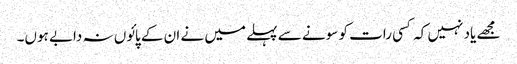
مجھے یاد نہیں کہ کسی رات کو سونے سے پہلے میں نے ان کے پائوں نہ دابے ہوں۔